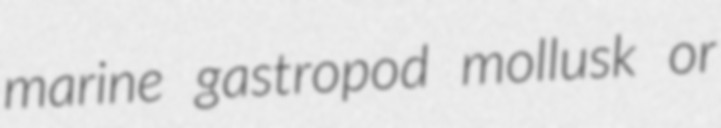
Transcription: marine gastropod mollusk or